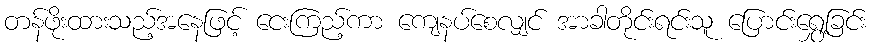
တန်ဖိုးထားသည့်အနေဖြင့် ငေးကြည့်ကာ ကျေနပ်စေလျှင် အာခါတိုင်းရင်းသူ ပြောင်းရွှေ့ခြင်း